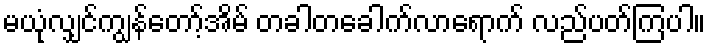
မယုံလျှင်ကျွန်တော့်အိမ် တခါတခေါက်လာရောက် လည်ပတ်ကြပါ။